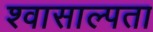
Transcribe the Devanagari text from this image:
श्वासाल्पता